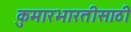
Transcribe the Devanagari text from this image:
कुमारभारतीसाठी